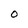
Character: O